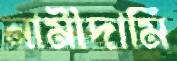
নামীদামি